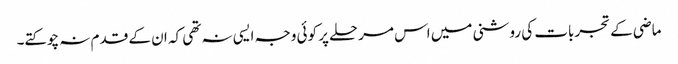
ماضی کے تجربات کی روشنی میں اس مرحلے پر کوئی وجہ ایسی نہ تھی کہ ان کے قدم نہ چوکتے۔